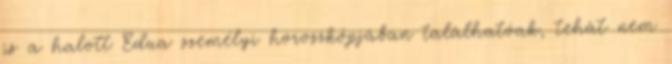
is a halott Edua személyi horoszkópjában találhatóak, tehát nem